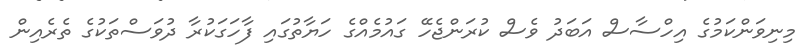
މިނިވަންކަމުގެ އިހްސާސް އަބަދު ވެސް ކުރަންޖެހޭ ގައުމެއްގެ ހަޔާތުގައި ފާހަގަކުރާ ދުވަސްތަކުގެ ތެރެއިން